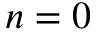
n = 0